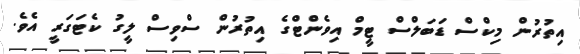
އިތުރުން މިކްސް ޑަބަލްސް ޓީމް އިވެންޓްގެ އިތުރުން ސްވިސް ލީގު ކެޓަގަރީ އެވެ.